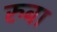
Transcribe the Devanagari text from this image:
रुबा